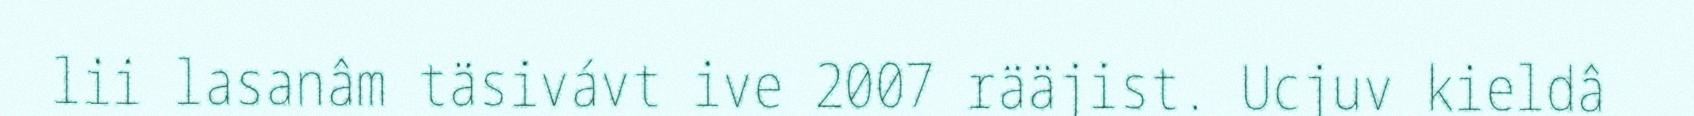
lii lasanâm täsivávt ive 2007 rääjist. Ucjuv kieldâ